Statistical return of the lunatic asylum in Assam - 1912-1932
Year: 1912
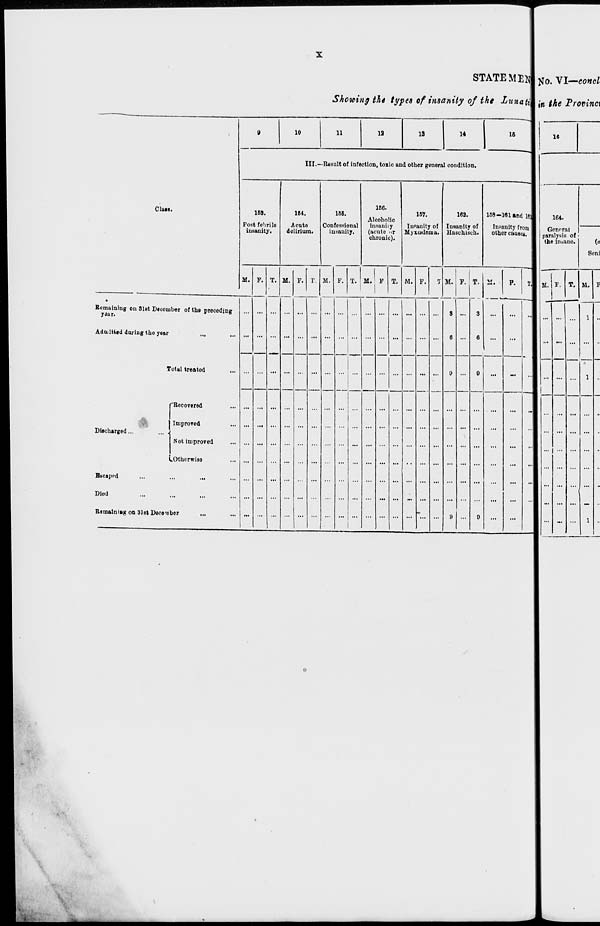
STATE ME*J tfo. VI—eonel
Showing the types of insanity of the Zunati^ fa ihe Province
•
9
: 0
11
ia
13
|
14
16
j
III.—-Besalt of infection, toxic and other general condition.
Clao.
168.
Post febrile
insanity.
164.
Acnte
delirium.
166.
Confessional
insanity.
166.
Alcoholic
insanity
(acute or
chronic).
167.
Insanity of
Myxoidema.
162.
InHanlty of
llaschisch.
158-181 and 1«|
Insanity from
other caugui.
M. F. T. M. P. T. M. F. T. M. 1 F T. M. F. T
1
M. 1 P. T.
IA
.
|
I
Bemainlng on Slet December of the preceding
yaar.
... ... ...
... ... ... ...
... ... ... ...
...
8 ...
3
Admitted daring tho year
...
...
—
:
6 ...
6
1
Total treatod
9 ...
9
"Recovered
...
...
...
...
...
*
Improved
...
Discharged...
... ,
Not improved
■.Otherwise
... ... ...
... ... ... ... ... ... ... ... ... ... ... ... ...
...
Bucapnd
... ... ... ...
... ... ... ... ... ... ... ... ... ...
... ...
...
1
Died
... ... ... ... ...
... ... ... ... ... ... - ... ... ... ...
...
1
Bemalning on 31st December
... ... ... ...
,."
... ... ... ... ...
"
...
...
9
9
...
...
16
164.
Gcnrral
paralysis of
the insane.
Seni
M. F. T. M. F